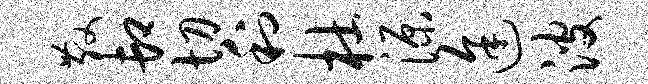
散卸切利杜源途波